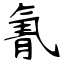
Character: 氰